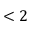
< 2